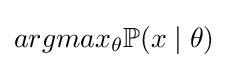
argmax_{\theta }\mathbb {P} (x\mid \theta )